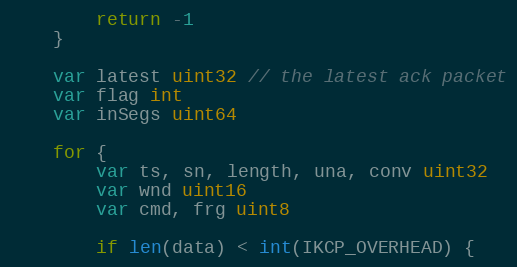
Language: Go
		return -1
	}

	var latest uint32 // the latest ack packet
	var flag int
	var inSegs uint64

	for {
		var ts, sn, length, una, conv uint32
		var wnd uint16
		var cmd, frg uint8

		if len(data) < int(IKCP_OVERHEAD) {